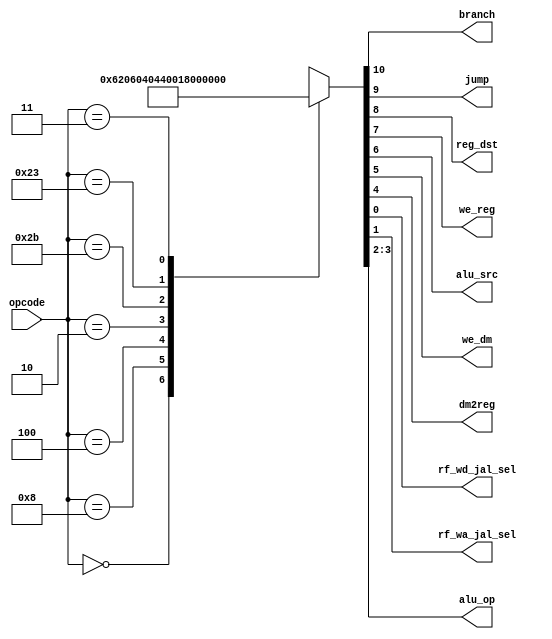
module maindec (
        input  wire [5:0] opcode,
        output wire       branch,
        output wire       jump,
        output wire       reg_dst,
        output wire       we_reg,
        output wire       alu_src,
        output wire       we_dm,
        output wire       dm2reg,
        output wire       rf_wd_jal_sel,
        output wire       rf_wa_jal_sel,
        output wire [1:0] alu_op
        
    );

    reg [10:0] ctrl;

    assign {branch, jump, reg_dst, we_reg, alu_src, we_dm, dm2reg, alu_op,rf_wa_jal_sel,rf_wd_jal_sel} = ctrl;

    always @ (opcode) begin
        case (opcode)
           6'b00_0000: ctrl = 11'b0_0_1_1_0_0_0_10_0_0; // R-type
           6'b00_1000: ctrl = 11'b0_0_0_1_1_0_0_00_0_0; // ADDI
           6'b00_0100: ctrl = 11'b1_0_0_0_0_0_0_01_0_0; // BEQ
           6'b00_0010: ctrl = 11'b0_1_0_0_0_0_0_00_0_0; // J
           6'b10_1011: ctrl = 11'b0_0_0_0_1_1_0_00_0_0; // SW
           6'b10_0011: ctrl = 11'b0_0_0_1_1_0_1_00_0_0; // LW
           6'b00_0011: ctrl = 11'b0_1_0_1_0_0_0_00_1_1; // JAL
            
            default:    ctrl = 11'bx_x_x_x_x_x_x_xx_x_x;
        endcase
    end

endmodule